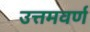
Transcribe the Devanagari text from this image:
उत्तमवर्ण